Medical and sanitary report of the native army of Bengal for the year
Year: 1877
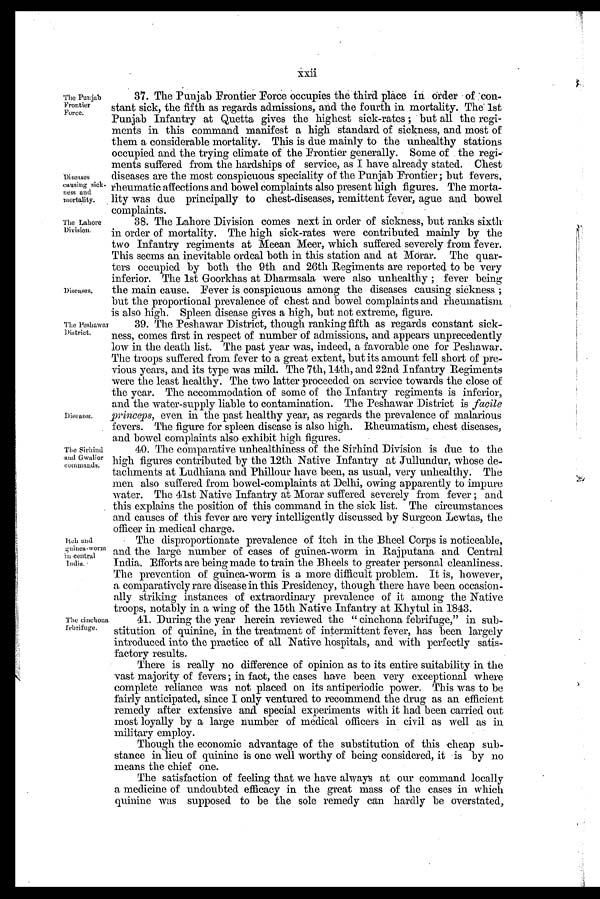
40. The comparative unhealthiness of the Sirhind Division is due to the
high figures contributed by the 12th Native Infantry at Jullundur, whose de-
tachments at Ludhiana and Phillour have been, as usual, very unhealthy. The
men also suffered from bowel-complaints at Delhi, owing apparently to impure
water. The 41st Native Infantry at Morar suffered severely from fever ; and
this explains the position of this command in the sick list. The circumstances
and causes of this fever are very intelligently discussed by Surgeon Lewtas, the
officer in medical charge.
The Sirhind
:and Gwalior
commands.
38. The Lahore Division comes next in order of sickness, but ranks sixth
in order of mortality. The high sick-rates were contributed mainly by the
two Infantry regiments at Meean Meer, which suffered severely from fever.
This seems an inevitable ordeal both in this station and at Morar. The quar-
ters occupied by both the 9th and 26th Regiments are reported to be very
inferior. The 1st Goorkhas at Dharmsala were also unhealthy ; fever being
the main cause. Fever is conspicuous among the diseases causing sickness ;
but the proportional prevalence of chest and bowel complaints and rheumatism
is also high. Spleen disease gives a high, but not extreme, figure.
The, Peshawar
District.
The Lahore
Division.
Diseases.
39. The Peshawar District, though ranking fifth as regards constant sick-
ness, comes first in respect of number of admissions, and appears unprecedently
low in the death list. The past year was, indeed, a favorable one for Peshawar.
The troops suffered from fever to a great extent, but its amount fell short of pre-
vious years, and its type was mild. The 7th, 14th, and 22nd Infantry Regiments
were the least healthy. The two latter proceeded on service towards the close of
the year. The accommodation of some of the Infantry regiments is inferior,
and the water-supply liable to contamination. The Peshawar District is facile
princeps, even in the past healthy year, as regards the prevalence of malarious
fevers. The figure for spleen disease is also high. Rheumatism, chest diseases,
and bowel complaints also exhibit high figures.
Diseases.
xxii
The Punjab
Frontier
Force.
Diseases
causing sick-
ness and
mortality.
37. The Punjab Frontier Force occupies the third place in order of con-
stant sick, the fifth as regards admissions, and the fourth in mortality. The 1st
Punjab Infantry at Quetta gives the highest sick-rates ; but all the regi-
ments in this command manifest a high standard of sickness, and most of
them a considerable mortality. This is due mainly to the unhealthy stations
occupied and the trying climate of the Frontier generally. Some of the regi-
ments suffered from the hardships of service, as I have already stated. Chest
diseases are the most conspicuous speciality of the Punjab Frontier ; but fevers,
rheumatic affections and bowel complaints also present high figures. The morta-
lity was due principally to chest-diseases, remittent fever, ague and bowel
complaints.
Itch and
guinea-worm
in central
India.
The cinchona
febrifuge.
The disproportionate prevalence of itch in the Bheel Corps is noticeable,
and the large number of cases of guinea-worm in Rajputana and Central
India. Efforts are being made to train the Bheels to greater personal cleanliness.
The prevention of guinea-worm is a more difficult problem. It is, however,
a comparatively rare disease in this Presidency, though there have been occasion-
ally striking instances of extraordinary prevalence of it among the Native
troops, notably in a wing of the 15th Native Infantry at Khytul in 1843.
1 -
41. During the year herein reviewed the " cinchona febrifuge," in sub-
.,
stitution of quinine, in the treatment of intermittent fever, has been largely
introduced into the practice of all Native hospitals, and with perfectly satis-
factory results.
There is really no difference of opinion as to its entire suitability in the
vast majority of fevers ; in fact, the cases have been very exceptional where
complete reliance was not placed on its antiperiodic power. This was to be
fairly anticipated, since I only ventured to recommend the drug as an efficient
remedy after extensive and special experiments with it had been carried out
most loyally by a large number of medical officers in civil as well as in
military employ.
Though the economic advantage of the substitution of this cheap sub-
stance in lieu of quinine is one well worthy of being considered, it is by no
means the chief one.
The satisfaction of feeling that we have always at our command locally
a medicine of undoubted efficacy in the great mass of the cases in which
quinine was supposed to be the sole remedy can hardly be overstated,